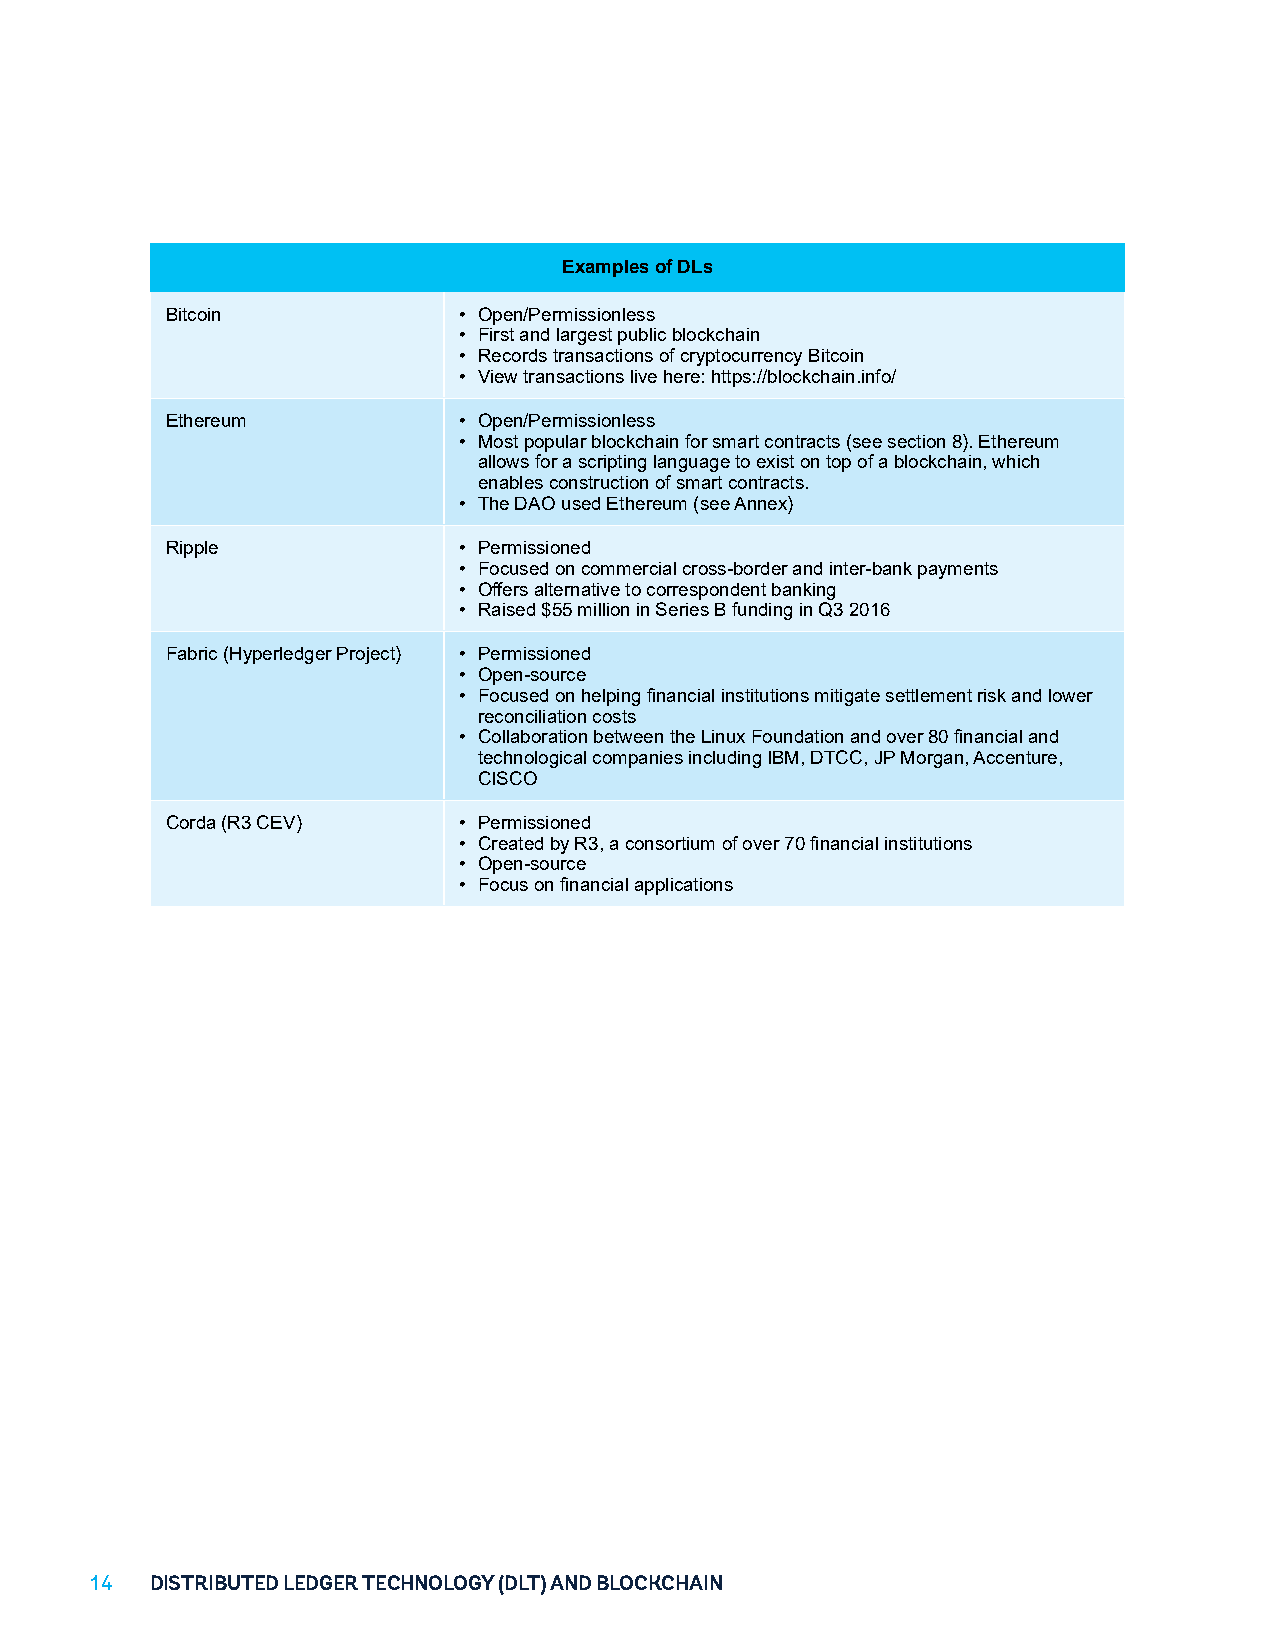
Examples of DLs
 Bitcoin            • Open/Permissionless
 • First and largest public blockchain
 • Records transactions of cryptocurrency Bitcoin
 • View transactions live here: https://blockchain.info/
 Ethereum           • Open/Permissionless
 • Most popular blockchain for smart contracts (see section 8). Ethereum
 allows for a scripting language to exist on top of a blockchain, which
 enables construction of smart contracts.
 • The DAO used Ethereum (see Annex)
 Ripple             • Permissioned
 • Focused on commercial cross-border and inter-bank payments
 • Offers alternative to correspondent banking
 • Raised $55 million in Series B funding in Q3 2016
 Fabric (Hyperledger Project) • Permissioned
 • Open-source
 • Focused on helping financial institutions mitigate settlement risk and lower
 reconciliation costs
 • Collaboration between the Linux Foundation and over 80 financial and
 technological companies including IBM, DTCC, JP Morgan, Accenture,
 CISCO
 Corda (R3 CEV)     • Permissioned
 • Created by R3, a consortium of over 70 financial institutions
 • Open-source
 • Focus on financial applications
 14  DISTRIBUTED LEDGER TECHNOLOGY (DLT) AND BLOCKCHAIN